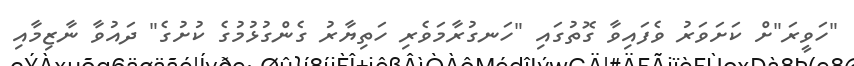
"ހަވީރަ"ށް ކަށަވަރު ވެފައިވާ ގޮތުގައި "ހަނގުރާމަވެރި ހަތިޔާރު ގެންގުޅުމުގެ ކުށުގެ" ދައުވާ ނާޒިމާއި